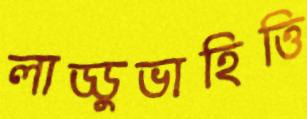
লাড্ডুভাহিত্তি